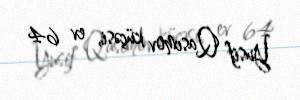
Yusif Qasımov küçəsi, ev 64